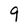
Character: 9